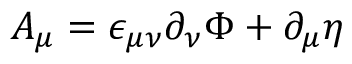
A _ { \mu } = \epsilon _ { \mu \nu } \partial _ { \nu } \Phi + \partial _ { \mu } \eta